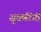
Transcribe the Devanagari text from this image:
सुवर्णरंगी